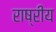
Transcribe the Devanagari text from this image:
राष्रीय